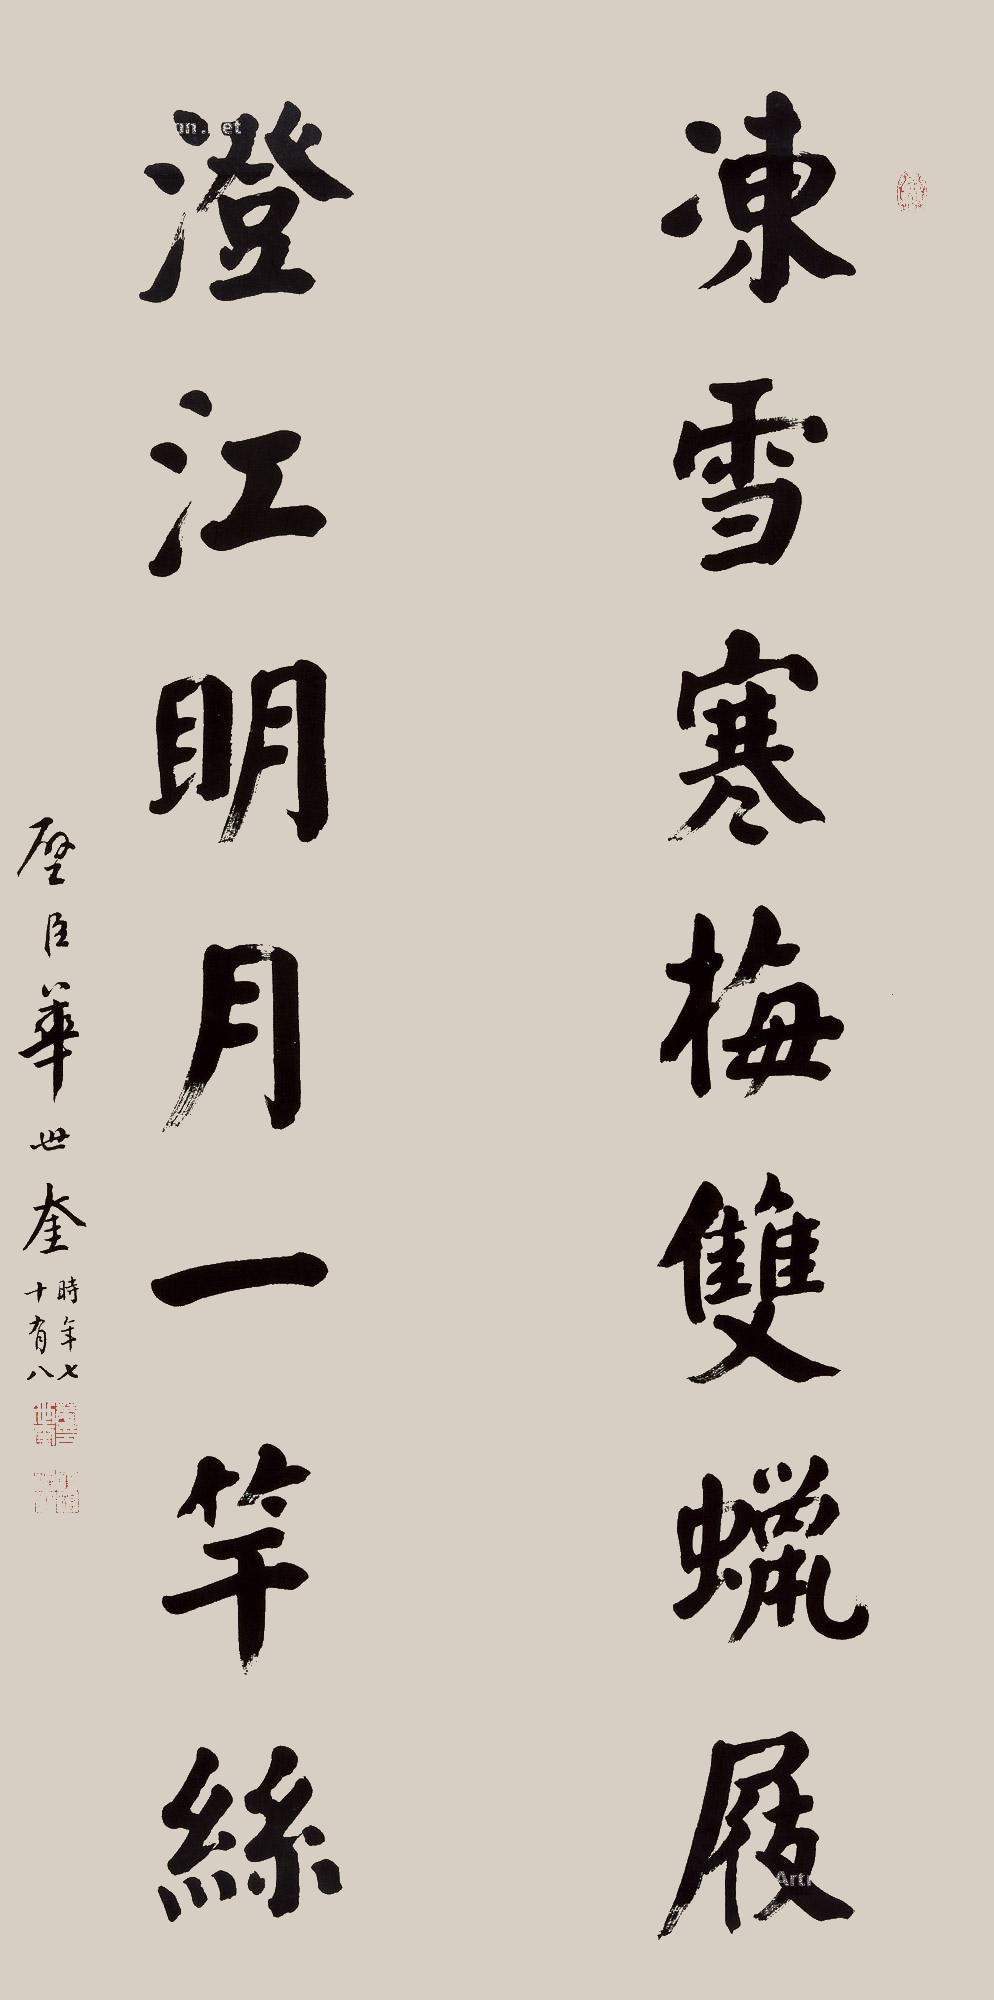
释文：冻雪寒梅双蜡屐，澄江明月一竿丝。璧臣华世奎时年七十有八。